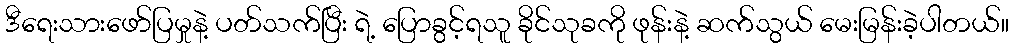
ဒီရေးသားဖော်ပြမှုနဲ့ ပတ်သက်ပြီး ရဲ့ ပြောခွင့်ရသူ ခိုင်သုခကို ဖုန်းနဲ့ ဆက်သွယ် မေးမြန်းခဲ့ပါတယ်။